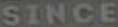
SINCE